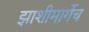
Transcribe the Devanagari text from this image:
झाशीमार्गेच